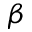
\beta